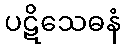
ပဋိသေဓနံ